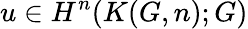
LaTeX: u\in H^{n}(K(G,n);G)